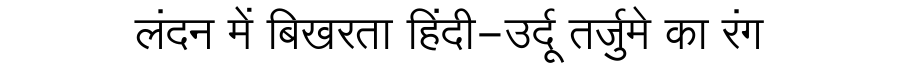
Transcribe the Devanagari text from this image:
लंदन में बिखरता हिंदी-उर्दू तर्जुमे का रंग